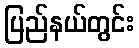
ပြည်နယ်တွင်း